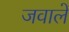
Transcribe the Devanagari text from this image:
जवाले